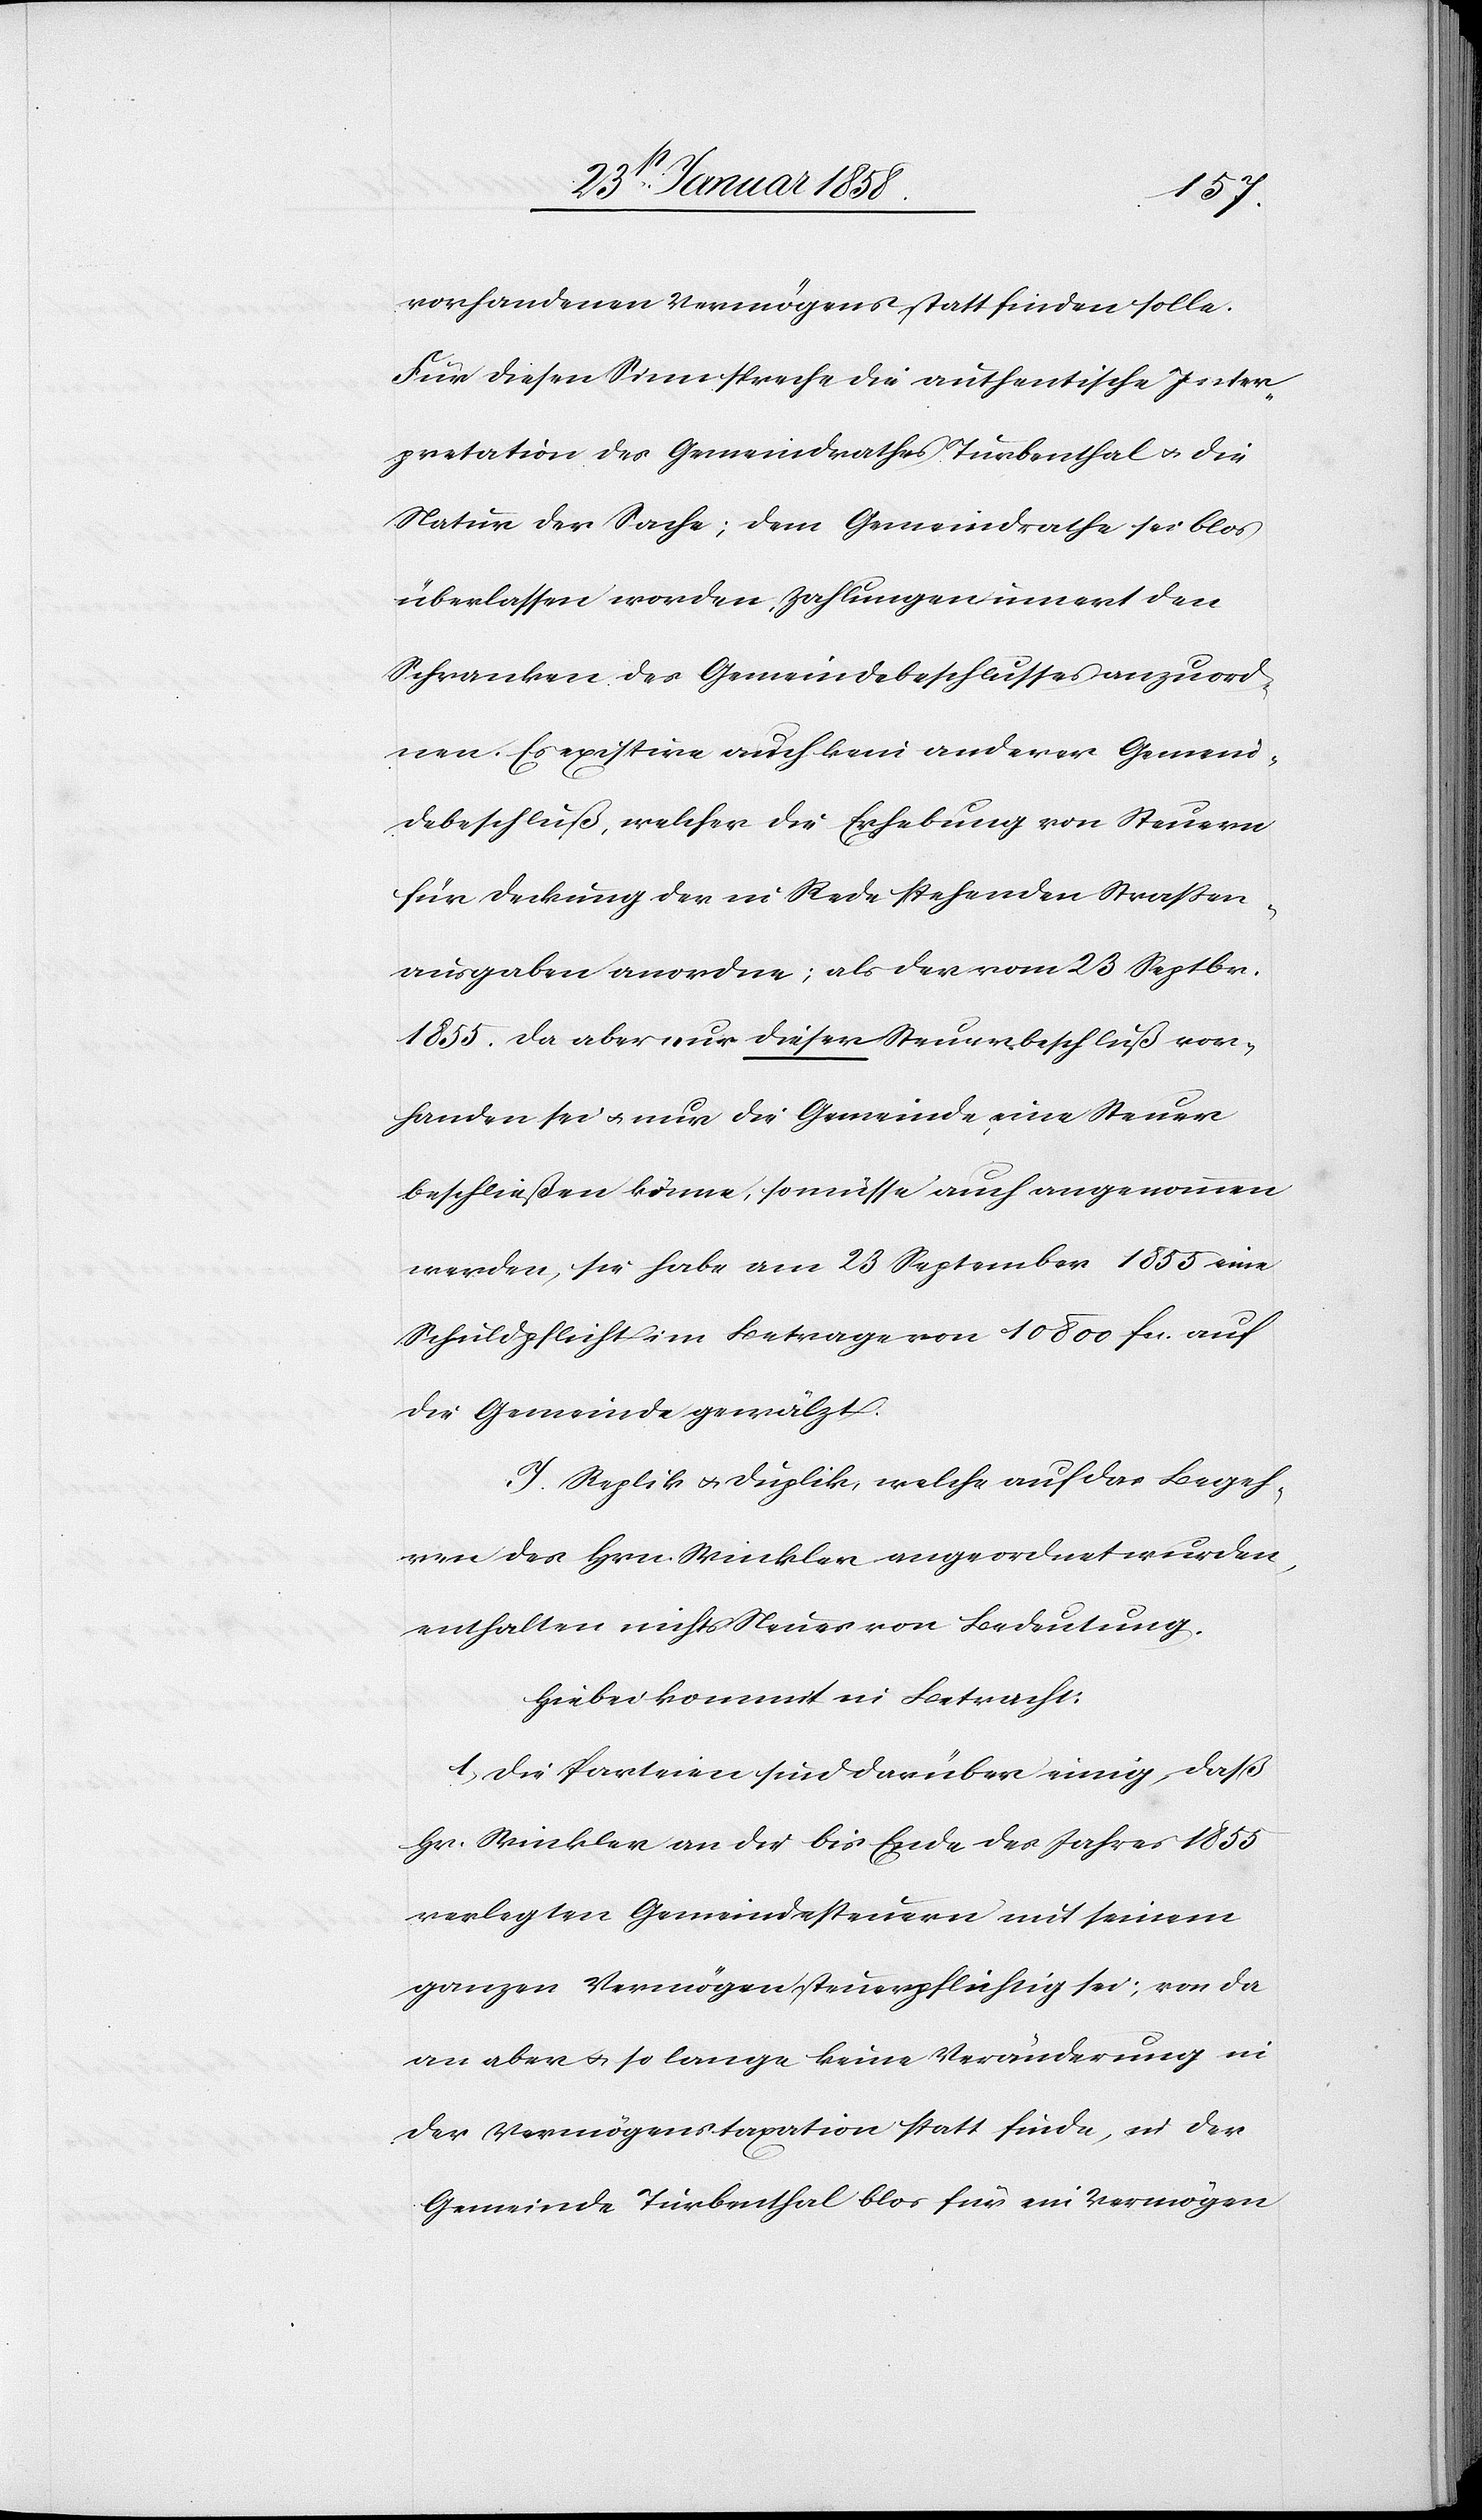
vorhandenen Vermögens statt finden solle.
Für diesen Sinn spreche die authentische Inter¬
pretation des Gemeindrathes Turbenthal u. die
Natur der Sache; dem Gemeindrathe sei blos
überlassen worden, Zahlungen innert den
Schranken des Gemeindebeschlusses anzuord¬
nen. Es existire auch kein anderer Gemeind¬
ebeschluß, welcher die Erhebung von Steuern
für Deckung der in Rede stehenden Straßen¬
ausgaben anordne; als der vom 23 Septbr.
1855. Da aber nur dieser Steuerbeschluß vor¬
handen sei u. nur die Gemeinde, eine Steuer
beschließen könne, so müsse auch angenommen
werden, sie habe am 23 September 1855 eine
Schuldpflicht im Betrage von 10 800 fcs. auf
die Gemeinde gewälzt.
J. Replik u. Duplik, welche auf das Begeh¬
ren des Hrn. Winkler angeordnet wurden,
enthalten nichts Neues von Bedeutung.
Hiebei kommt in Betracht:
1. Die Parteien sind darüber einig, daß
Hr. Winkler an die bis Ende des Jahres 1855
verlegten Gemeindesteuern mit seinem
ganzen Vermögen steuerpflichtig sei; von da
an aber u. so lange keine Veränderung in
der Vermögenstaxation statt finde, in der
Gemeinde Turbenthal blos für ein Vermögen